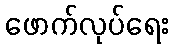
ဖောက်လုပ်ရေး